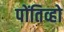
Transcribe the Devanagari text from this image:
पोंतिव्हो